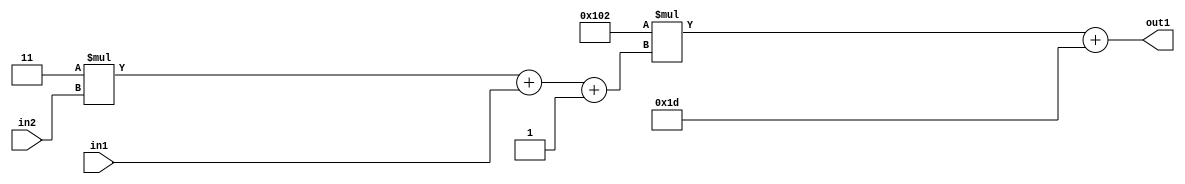
`timescale 1ps / 1ps
/*****************************************************************************
    Verilog RTL Description
    
    
    Created by: Stratus DpOpt 2019.1.01 
*******************************************************************************/

module DC_Filter_Add2i29Mul2i258Add3i1u1Mul2i3u2_4 (
	in2,
	in1,
	out1
	); /* architecture "behavioural" */ 
input [1:0] in2;
input  in1;
output [11:0] out1;
wire [11:0] asc001;
wire [3:0] asc002;

wire [3:0] asc002_tmp_0;
wire [3:0] asc002_tmp_1;
assign asc002_tmp_1 = 
	+(4'B0011 * in2);
assign asc002_tmp_0 = asc002_tmp_1
	+(in1);
assign asc002 = asc002_tmp_0
	+(4'B0001);

wire [11:0] asc001_tmp_2;
assign asc001_tmp_2 = 
	+(12'B000100000010 * asc002);
assign asc001 = asc001_tmp_2
	+(12'B000000011101);

assign out1 = asc001;
endmodule

/* CADENCE  vrPzSgs= : u9/ySgnWtBlWxVPRXgAZ4Og= ** DO NOT EDIT THIS LINE ******/